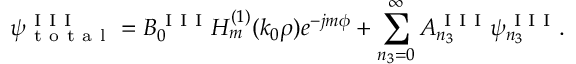
\psi _ { \mathrm { ~ t ~ o ~ t ~ a ~ l ~ } } ^ { \mathrm { ~ I ~ I ~ I ~ } } = B _ { 0 } ^ { \mathrm { ~ I ~ I ~ I ~ } } H _ { m } ^ { ( 1 ) } ( k _ { 0 } \rho ) e ^ { - j m \phi } + \sum _ { n _ { 3 } = 0 } ^ { \infty } A _ { n _ { 3 } } ^ { \mathrm { ~ I ~ I ~ I ~ } } \psi _ { n _ { 3 } } ^ { \mathrm { ~ I ~ I ~ I ~ } } .